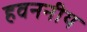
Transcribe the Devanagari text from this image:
हवननीय